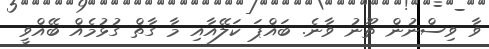
ވާ ވިސްނުން ތޫނު ވާނެ. ބައްޕަ ކަލޭއާއި މާ ގާތް ގުޅުމެއް ބޭއްވީ